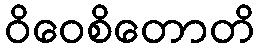
ဝိဝေစိတောတိ